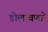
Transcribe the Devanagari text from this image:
डोलावणारे